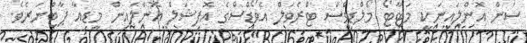
ސަން އޮންލައިނަކީ މަޓާޓޯ މޯލްޑިވްސް ޓްރެވަލް އެވޯޑްސްގެ އޮފިޝަލް އޮންލައިން މީޑިއާ ޕާޓްނަރެވެ.